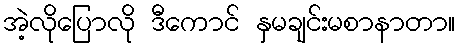
အဲ့လိုပြောလို ဒီကောင် နှမချင်းမစာနာတာ။